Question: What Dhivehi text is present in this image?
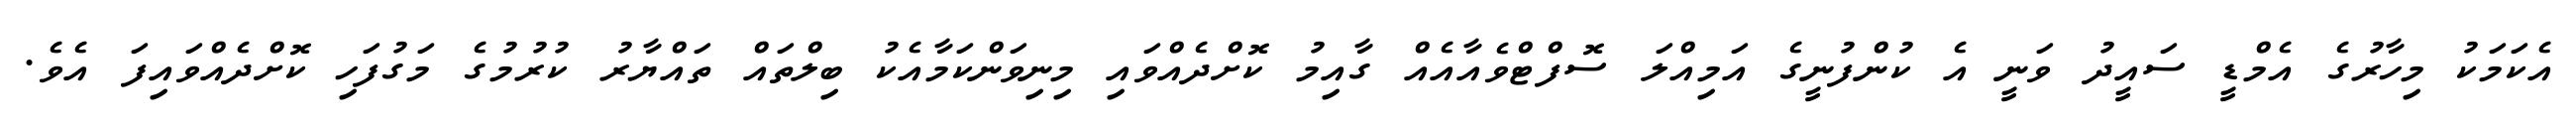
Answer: އެކަމަކު މިހާރުގެ އެމްޑީ ސައީދު ވަނީ އެ ކުންފުނީގެ އަމިއްލަ ސޮފްޓްވެއާއެއް ގާއިމު ކޮށްދެއްވައި މިނިވަންކަމާއެކު ބިލްތައް ތައްޔާރު ކުރުމުގެ މަގުފަހި ކޮށްދެއްވައިފަ އެވެ.